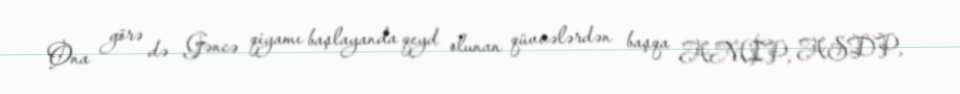
Ona görə də Gəncə qiyamı başlayanda qeyd olunan qüvvələrdən başqa AMİP, ASDP,